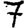
Digit: 7